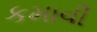
કમાવી